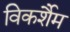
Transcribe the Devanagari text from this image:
विकर्शैम